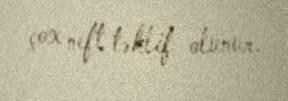
çox neft təklif olunur.